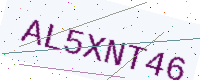
Text: AL5XNT46